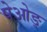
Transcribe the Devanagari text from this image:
षेओङ्